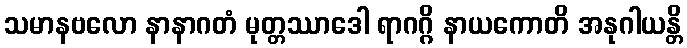
သမာနဗလော နာနာဂတံ မုတ္တဿာဒေါ ရာဂဂ္ဂိ နာယကောတိ အနုဂါယန္တိ